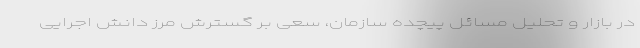
در بازار و تحلیل مسائل پیچده سازمان، سعی بر گسترش مرز دانش اجرایی